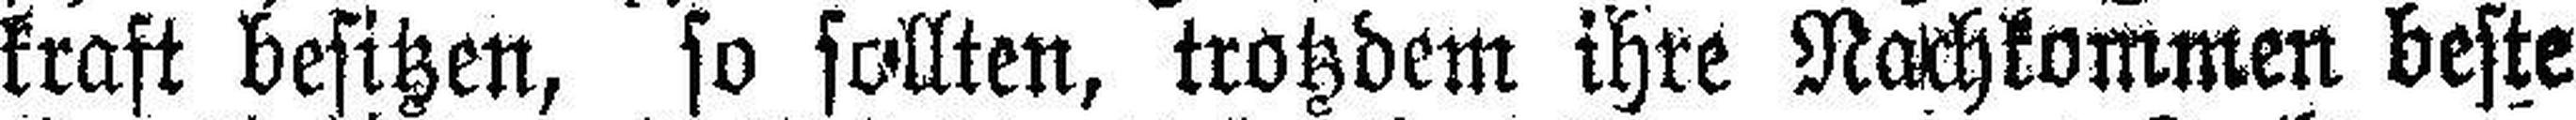
kraft besitzen, so sollten, trotzdem ihre Nachkommen beste